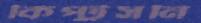
কিপ্টুসনি